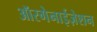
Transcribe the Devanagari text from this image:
ऑरगेनाईज़ेशन